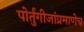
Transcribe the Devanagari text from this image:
पोर्तुंगीजांप्रमाणेच